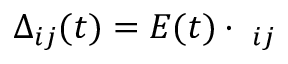
\Delta _ { i j } ( t ) = E ( t ) \cdot { \bf \mu } _ { i j }